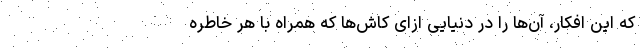
که این افکار، آن‌ها را در دنیایی ازای کاش‌ها که همراه با هر خاطره